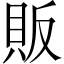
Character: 販